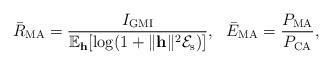
LaTeX: \begin{align*}\bar{R}_{\mathrm{MA}}=\frac{I_{\mathrm{GMI}}}{\mathbb{E}_{\mathbf{h}}[\log(1+\|\mathbf{h}\|^2\mathcal{E}_{\mathrm{s}})]},\ \ \bar{E}_{\mathrm{MA}}=\frac{P_{\mathrm{MA}}}{P_{\mathrm{CA}}},\end{align*}